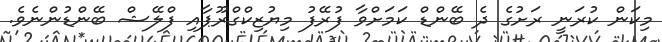
މިކަން ކުރަނީ ރަށުގެ ދެ ބޭންޑް ކަމަށްވާ ފުރޭފު މިޔުޒިކްގްރޫޕާއި ފްލޭޝް ބޭންޑުންނެވެ.